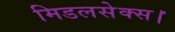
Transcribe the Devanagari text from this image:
मिडलसेक्स।